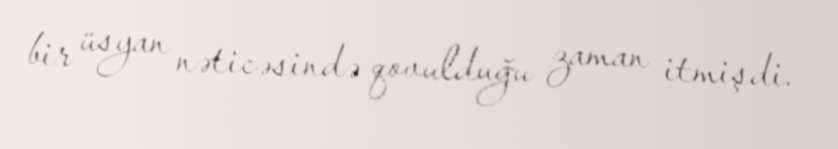
bir üsyan nəticəsində qovulduğu zaman itmişdi.